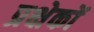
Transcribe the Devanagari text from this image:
प्रक्षेकों